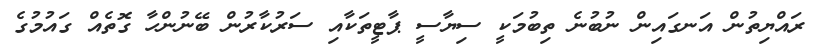
ރައްޔިތުން އަނގަައިން ނުބުނެ ތިބުމަކީ ސިޔާސީ ޕާޓީތަކާއި ސަރުކާރުން ބޭނުންހާ ގޮތެއް ގައުމުގެ